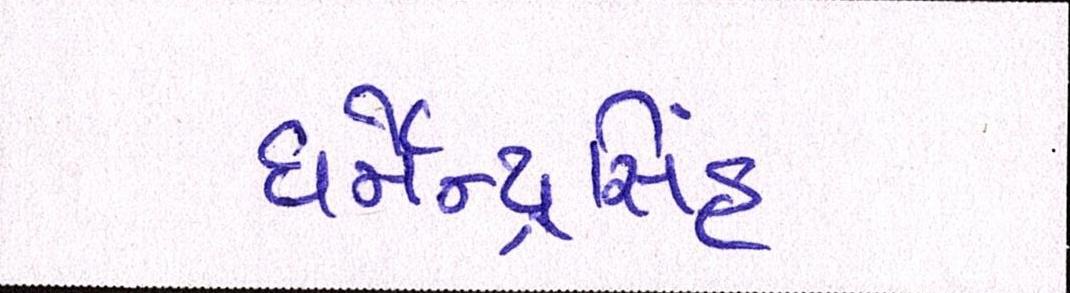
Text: ધર્મેન્દ્રસિંહ